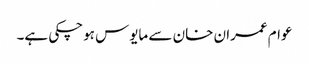
عوام عمران خان سے مایوس ہوچکی ہے۔